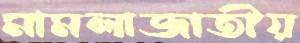
মামলাজাতীয়